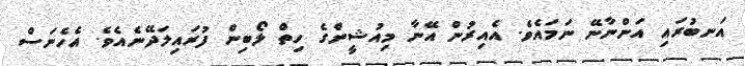
އަނބުރައި އަންނާނޭ ނަމައެވެ. އެއިރުން އޭނާ މިއުޝީންގެ ހިތް ލޯބިން ފުރައިލަދޭނެއެވެ. އެހެނަސް